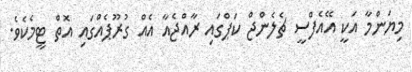
މިޔަންމާ އަކީ އޭއެފްސީ ޗެލެންޖް ކަޕްގައި ރާއްޖެއާ އެއް ގުރޫޕެއްގައި އޮތް ޓީމެކެވެ.